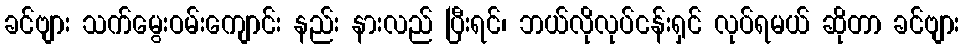
ခင်ဗျား သက်မွေးဝမ်းကျောင်း နည်း နားလည် ပြီးရင်၊ ဘယ်လိုလုပ်ငန်းရှင် လုပ်ရမယ် ဆိုတာ ခင်ဗျား